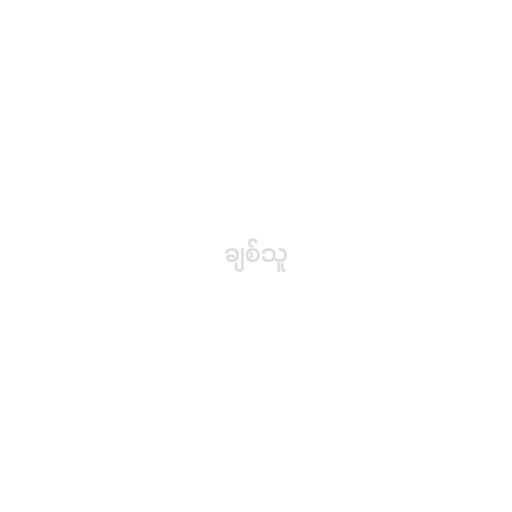
ချစ်သူ